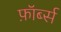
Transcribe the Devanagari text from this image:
फ़ॉर्ब्स